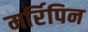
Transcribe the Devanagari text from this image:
मर्रिपिन